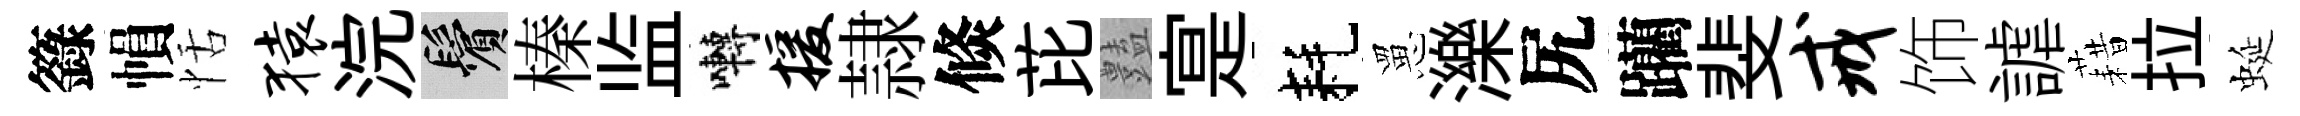
籙𢄙恬猿浣鬢榛监囀援隷倐芘𧰟寔耗罳濼尻躪斐戒饰謔藉拉蜒